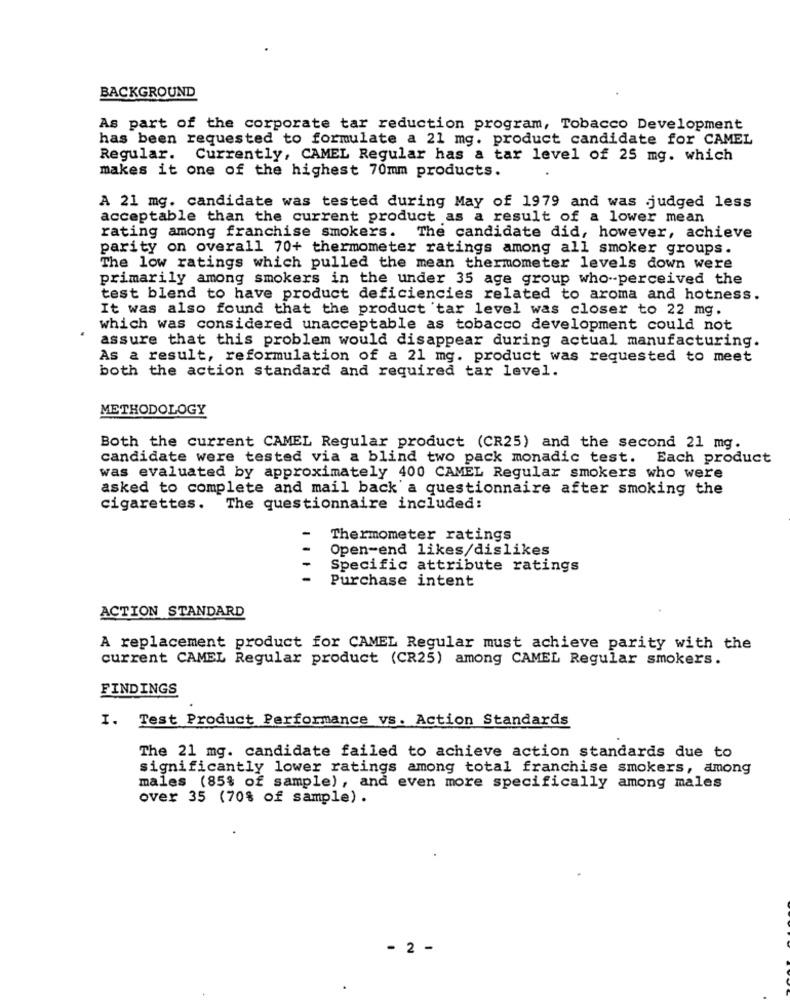
BACKGROUND
As part of the corporate tar reduction program, Tobacco Development
has been requested to formulate a 21 mg. product candidate for CAMEL
Regular. Currently, CAMEL Regular has a tar level of 25 mg. which
makes it one of the highest 70mm products.
A 21 mg. candidate was tested during May of 1979 and was judged less
acceptable than the current product as a result of a lower mean
rating among franchise smokers.
The candidate did, however, achieve
parity on overall 70+ thermometer ratings among all smoker groups.
The low ratings which pulled the mean thermometer levels down were
primarily among smokers in the under 35 age group who-perceived the
test blend to have product deficiencies related to aroma and hotness.
It was also found that the product tar level was closer to 22 mg.
which was considered unacceptable as tobacco development could not
assure that this problem would disappear during actual manufacturing.
As a result, reformulation of a 21 mg. product was requested to meet
both the action standard and required tar level.
METHODOLOGY
Both the current CAMEL Regular product (CR25) and the second 21 mg.
candidate were tested via a blind two pack monadic test. Each product
was evaluated by approximately 400 CAMEL Regular smokers who were
asked to complete and mail back a questionnaire after smoking the
cigarettes. The questionnaire included:
Thermometer ratings
Open-end likes/dislikes
Specific attribute ratings
Purchase intent
ACTION STANDARD
A replacement product for CAMEL Regular must achieve parity with the
current CAMEL Regular product (CR25) among CAMEL Regular smokers.
FINDINGS
I. Test Product Performance vs. Action Standards
The 21 mg. candidate failed to achieve action standards due to
significantly lower ratings among total franchise smokers, among
males (85% of sample), and even more specifically among males
over 35 (70% of sample) .
- 2 -